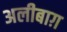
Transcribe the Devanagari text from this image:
अलीबाग़